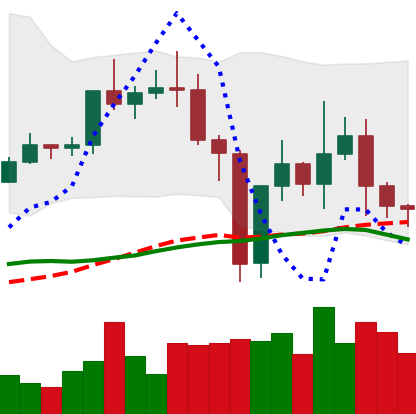
Ticker: TRX-USD
Chart end date: 2020-12-31
Forward return: 6.704%
Label: up_5_7